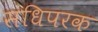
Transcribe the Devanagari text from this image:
संधिपरक